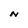
Character: N